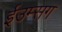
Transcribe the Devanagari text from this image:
ईउम्सग